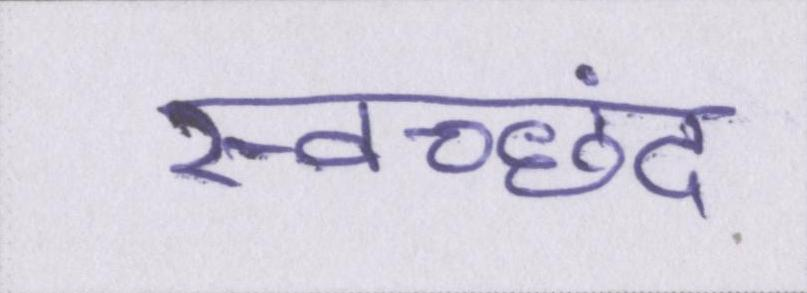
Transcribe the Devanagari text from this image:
स्वच्छंद